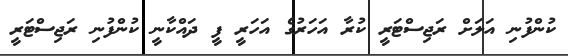
ކުންފުނި އަލަށް ރަޖިސްޓަރީ ކުރާ އަހަރުގެ އަހަރީ ފީ ދައްކާނީ ކުންފުނި ރަޖިސްޓަރީ